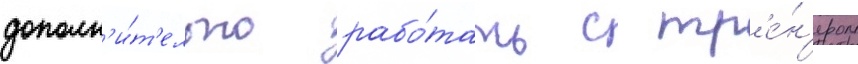
дополн'и́т'ельно рабо́тать с тр'е́н'ером